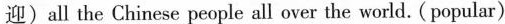
迎) all the Chinese people all over the world. (popular)